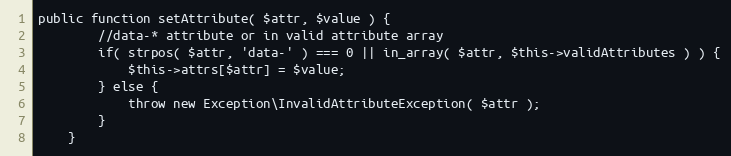
Language: PHP
public function setAttribute( $attr, $value ) {
        //data-* attribute or in valid attribute array
        if( strpos( $attr, 'data-' ) === 0 || in_array( $attr, $this->validAttributes ) ) {
            $this->attrs[$attr] = $value;
        } else {
            throw new Exception\InvalidAttributeException( $attr );
        }
    }